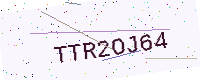
Text: TTR2OJ64